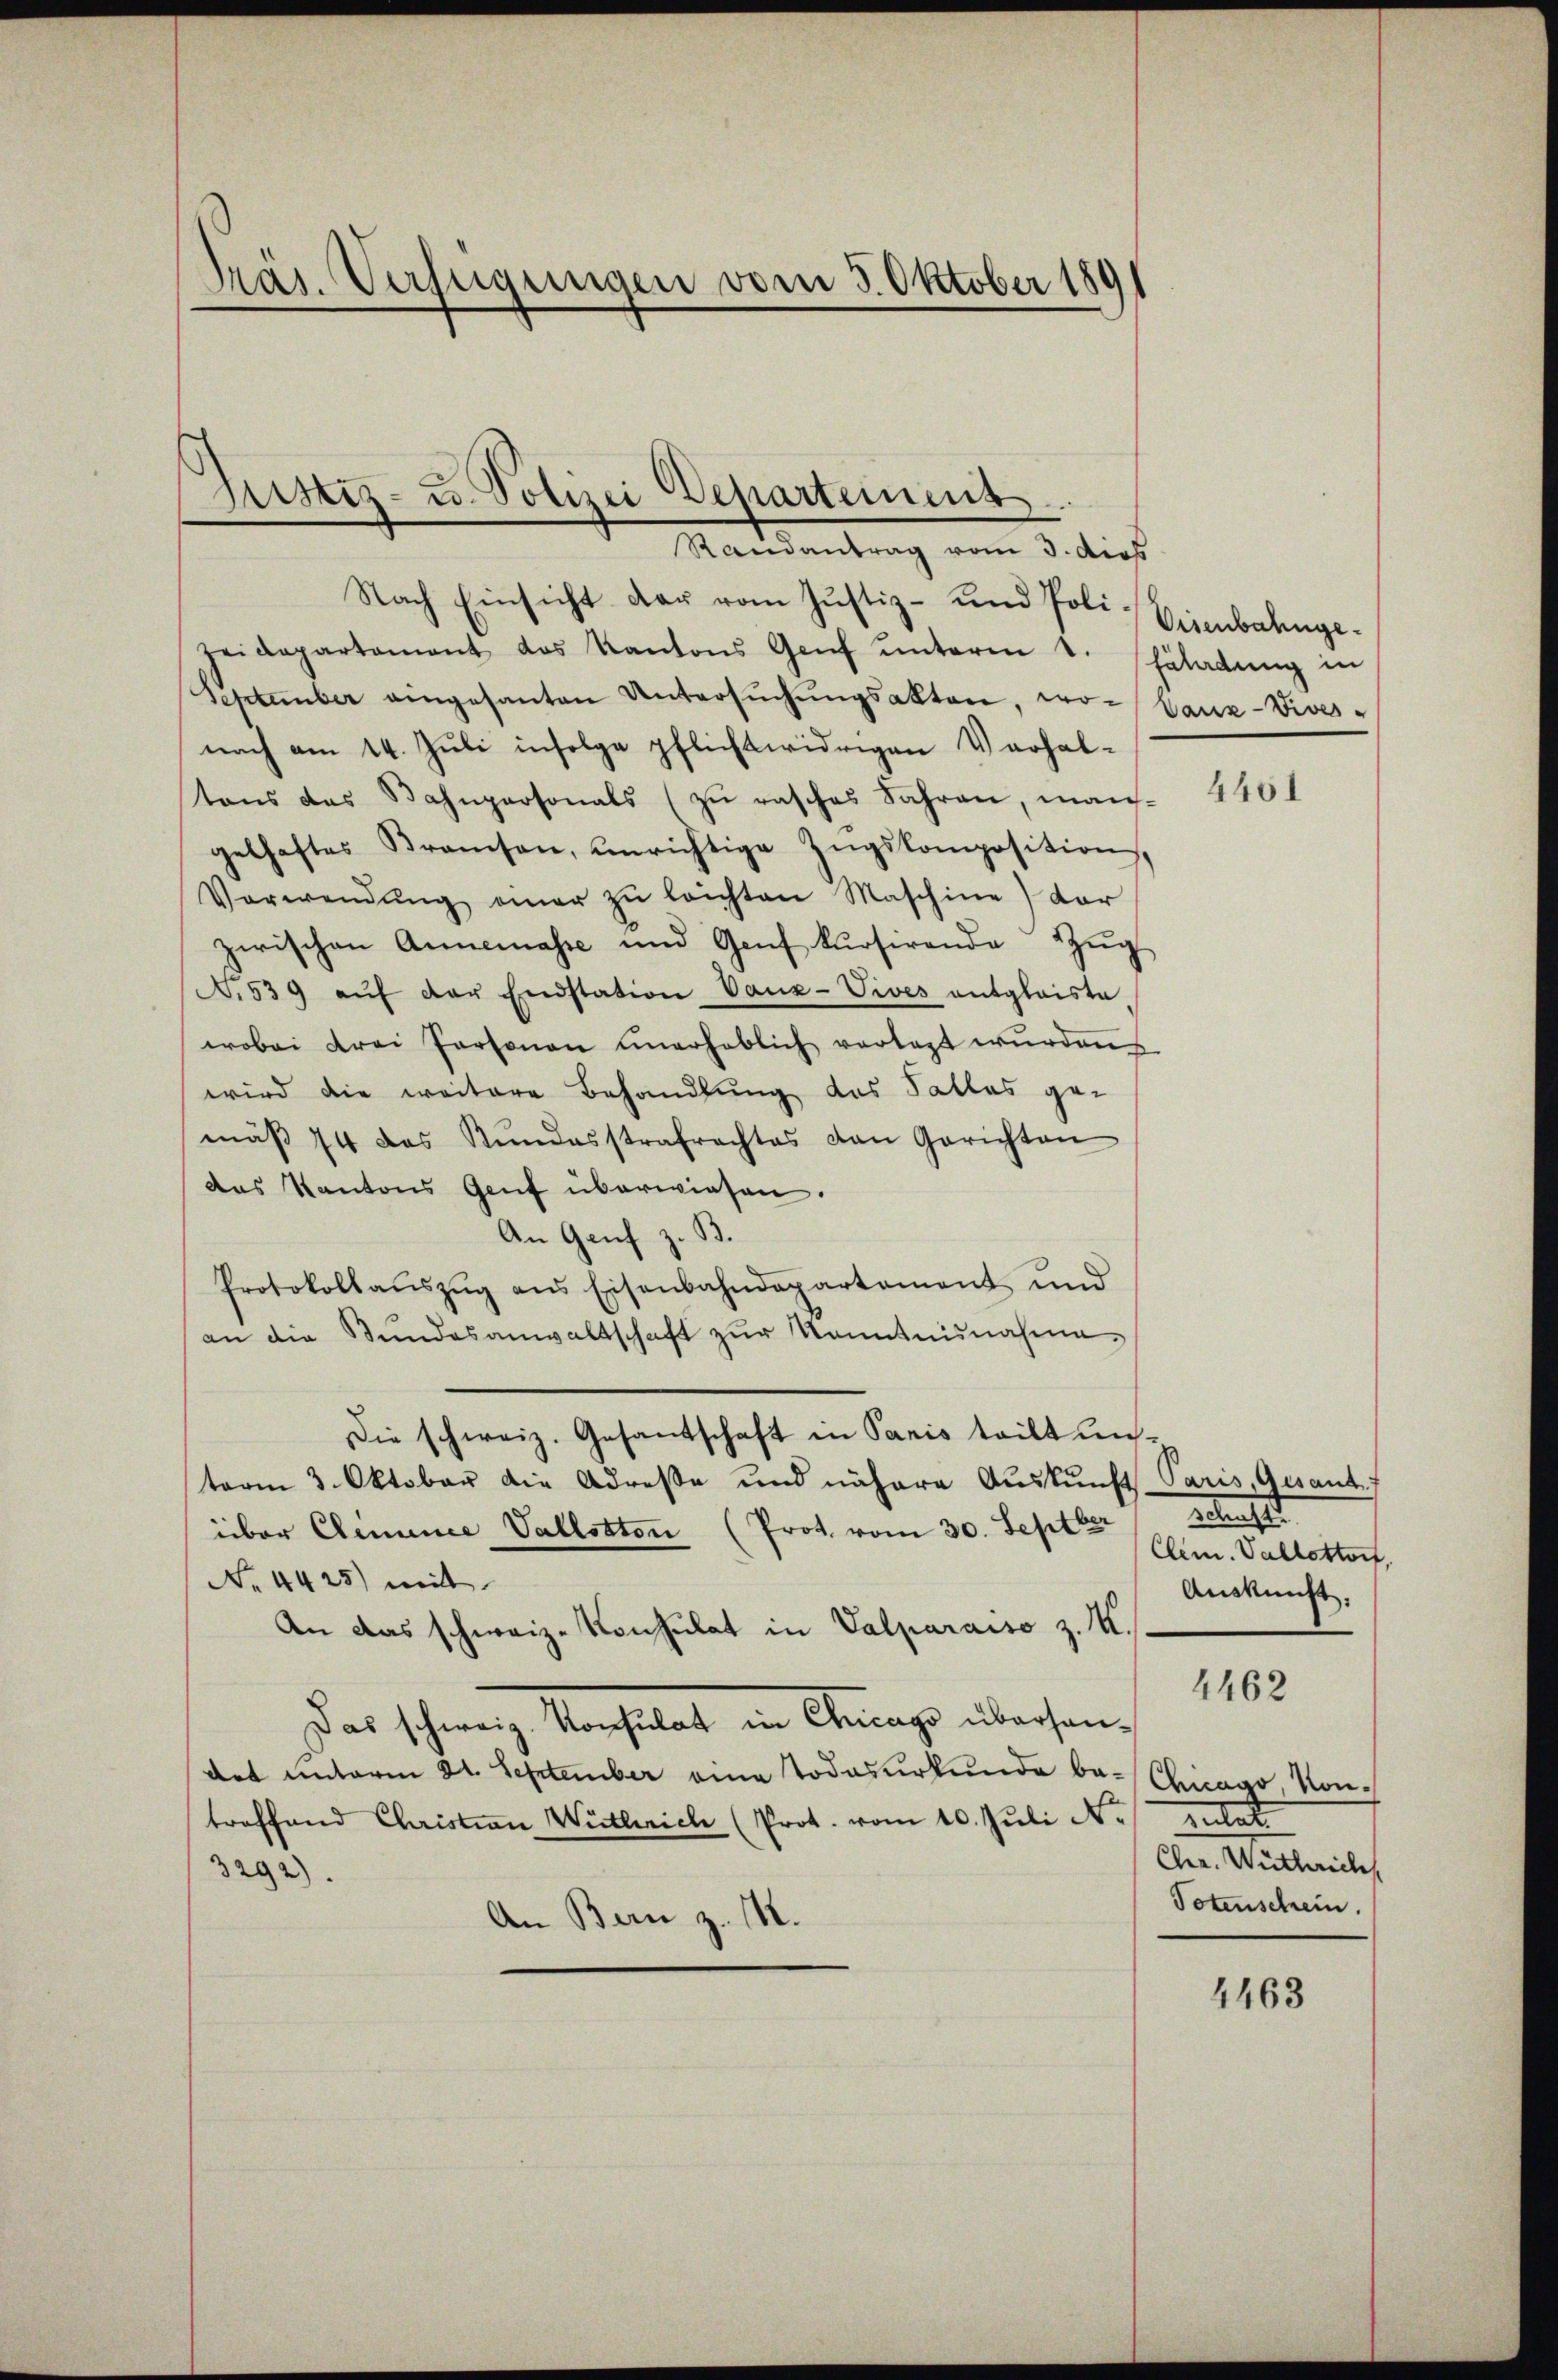
Präs. Verfügungen vom 5. Oktober 1891

Justiz- u. Polizei Departeinenz.
Mandantrag vom 3. dies

Nach Einsicht dar vom Justiz- und Poli-Eisenbahnge¬
Heidepartament das Kantons Genf ŭnterm 1. Fladŭng in
September eingesanten Untersŭchŭngsakten, wo- Vauz-Vives -
nach am 14. Juli infolge pflichtwidrigen Verhal-
stens das Bahnpersonals (zŭ rasches Jahren, man-
gelhaftes Bramsen, unrichtige Zŭgskomposition,
Verwendŭng einer zŭ leichten Maschine) dar
zwischen Annemasse und Genf kursirende Zŭg
N.539 aŭf der Endstation Vanz-Vives entglaiste
wobei drei Personen unerheblich verlegt wurden
wird die weitere Behandlung des Falles ge-
mäβ 74 das Rŭndesstrafrachtes von Gerichten
das Kantons Genf überwiesen.
An Genf z. B.
Protokollaŭszŭg ans Eisenbahndepartament und
an die Stundesanwaltschaft zŭr Kenntnisnahme.
Die schweiz. Gesantschaft in Paris teilt unterm 3. Oktober die Adresse und nähere Aŭskŭnft Paris, Gesant.
über Clemence Vallotton (Prot. vom 30. Septber
No. 4425) mit
An das schweiz. Konsulat in Valparaiso z. M.
Das schweiz. Konsulat in Anmass übersen,
det unterm 21. September eine Todesurkunde be- Chicago, Kontreffend Christian Wietlich (Prot. vom 10. Juli No sulat
3292).
An Bern z. M.

4401

Retracht
Clem. Vallottorf,
Auskunft.

4462

Chr. Wuthrich
Totenschrein.

4463